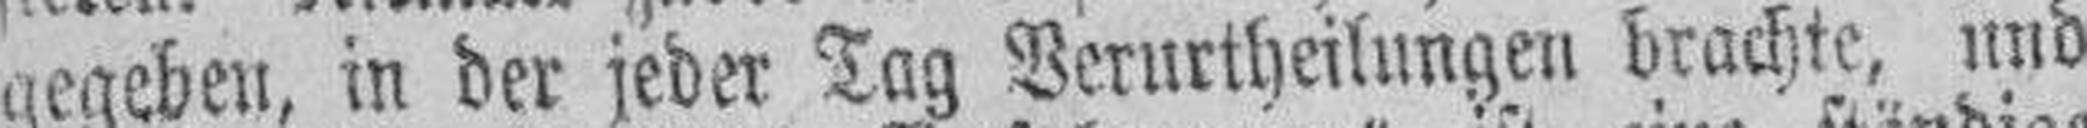
gegeben, in der jeder Tag Verurtheilungen brachte, und